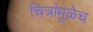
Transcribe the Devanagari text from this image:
चित्रांमुळेच